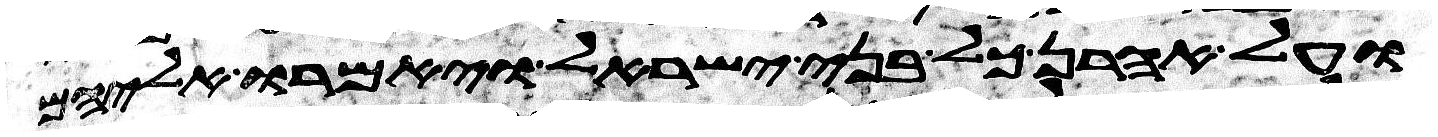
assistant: ועל אהרן כל בני ישראל ויאמרו אליהם